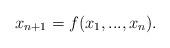
LaTeX: \begin{align*} x_{n+1}=f(x_1,...,x_n). \end{align*}